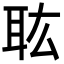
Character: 耾